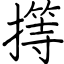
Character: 㩐